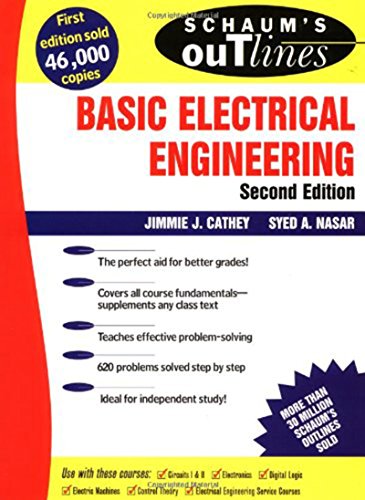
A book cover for Schaum's Outline of Basic Electrical Engineering; J. Cathey; Business & Money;